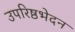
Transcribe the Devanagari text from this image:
उपरिष्ठभेदन